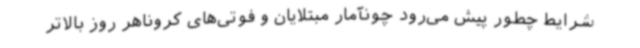
شرایط چطور پیش می‌رود چونآمار مبتلایان و فوتی‌های کروناهر روز بالاتر